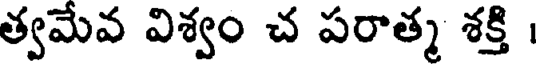
త్వమేవ విశ్వం చ పరాత్మ శక్తి